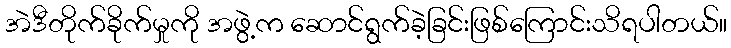
အဲဒီတိုက်ခိုက်မှုကို အဖွဲ့က ဆောင်ရွက်ခဲ့ခြင်းဖြစ်ကြောင်းသိရပါတယ်။